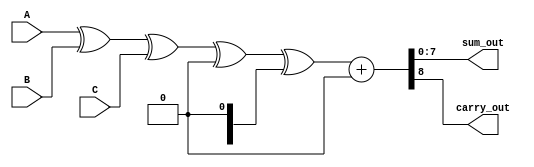
module carry_save_adder (
    input [N-1:0] A, // First operand
    input [N-1:0] B, // Second operand
    input [N-1:0] C, // Third operand
    output [N-1:0] sum_out, // Final sum output
    output carry_out // Final carry output
);
    parameter N = 8; // Bit-width of the operands

    // CSA block that takes three inputs and produces sum and carry
    function [N-1:0] CSA;
        input [N-1:0] A, B, C;
        reg [N-1:0] sum;
        reg [N-1:0] carry;
        integer i;
        begin
            sum = A ^ B ^ C; // Sum is the XOR of inputs
            carry = (A & B) | (B & C) | (C & A); // Carry is the OR of ANDs
            CSA = {carry, sum}; // Return both carry and sum
        end
    endfunction

    // Internal wires for the reduction tree
    wire [N-1:0] sum1, carry1;
    wire [N-1:0] sum2, carry2;
    wire [N-1:0] final_sum, final_carry;

    // First level of CSA
    assign {carry1, sum1} = CSA(A, B, C);

    // Second level of CSA (assuming we have more inputs)
    // For simplicity, let's assume we have 4 inputs in total
    wire [N-1:0] D; // Fourth operand
    assign {carry2, sum2} = CSA(sum1, carry1, D);

    // Final carry propagation (using a simple adder)
    assign {carry_out, sum_out} = sum2 + carry2;

endmodule